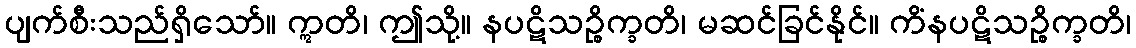
ပျက်စီးသည်ရှိသော်။ ဣတိ၊ ဤသို့။ နပဋိသဉ္စိက္ခတိ၊ မဆင်ခြင်နိုင်။ ကိံနပဋိသဉ္စိက္ခတိ၊